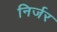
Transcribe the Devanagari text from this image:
निर्जर